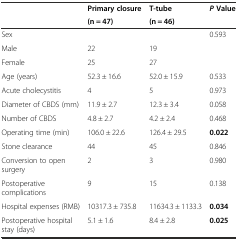
<table><thead><tr><td></td><td><b>Primary closure</b></td><td><b>T-tube</b></td><td><b><i>P</i>Value</b></td></tr><tr><td></td><td><b>(n = 47)</b></td><td><b>(n = 46)</b></td><td></td></tr></thead><tbody><tr><td>Sex</td><td></td><td></td><td>0.593</td></tr><tr><td>Male</td><td>22</td><td>19</td><td></td></tr><tr><td>Female</td><td>25</td><td>27</td><td></td></tr><tr><td>Age (years)</td><td>52.3 ± 16.6</td><td>52.0 ± 15.9</td><td>0.533</td></tr><tr><td>Acute cholecystitis</td><td>4</td><td>5</td><td>0.973</td></tr><tr><td>Diameter of CBDS (mm)</td><td>11.9 ± 2.7</td><td>12.3 ± 3.4</td><td>0.058</td></tr><tr><td>Number of CBDS</td><td>4.8 ± 2.7</td><td>4.2 ± 2.4</td><td>0.468</td></tr><tr><td>Operating time (min)</td><td>106.0 ± 22.6</td><td>126.4 ± 29.5</td><td><b>0.022</b></td></tr><tr><td>Stone clearance</td><td>44</td><td>45</td><td>0.846</td></tr><tr><td>Conversion to open surgery</td><td>2</td><td>3</td><td>0.980</td></tr><tr><td>Postoperative complications</td><td>9</td><td>15</td><td>0.138</td></tr><tr><td>Hospital expenses (RMB)</td><td>10317.3 ± 735.8</td><td>11634.3 ± 1133.3</td><td><b>0.034</b></td></tr><tr><td>Postoperative hospital stay (days)</td><td>5.1 ± 1.6</td><td>8.4 ± 2.8</td><td><b>0.025</b></td></tr></tbody></table>